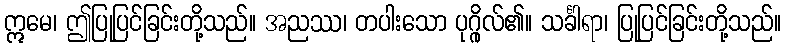
ဣမေ၊ ဤပြုပြင်ခြင်းတို့သည်။ အညဿ၊ တပါးသော ပုဂ္ဂိုလ်၏။ သင်္ခါရာ၊ ပြုပြင်ခြင်းတို့သည်။